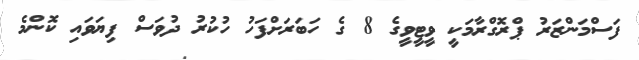
ފަސްމަންޒަރު ޕްރޮގްރާމަކީ ވީޓީވީގެ 8 ގެ ހަބަރަށްފަހު ހުކުރު ދުވަސް ފިޔަވައި ކޮންމެ